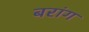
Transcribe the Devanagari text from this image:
बरांग